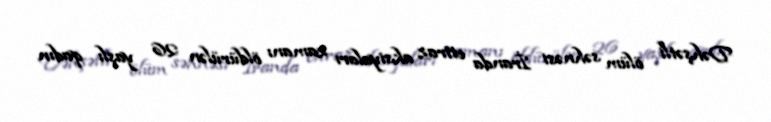
Dəhşətli ölüm səhnəsi İranda etiraz aksiyaları zamanı öldürülən 26 yaşlı qadın